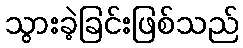
သွားခဲ့ခြင်းဖြစ်သည်